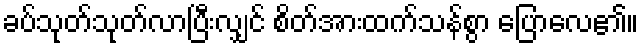
ခပ်သုတ်သုတ်လာပြီးလျှင် စိတ်အားထက်သန်စွာ ပြောလေ၏။